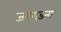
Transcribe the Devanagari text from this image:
जनगड़ना